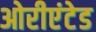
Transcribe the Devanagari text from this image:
ओरीएंटेड